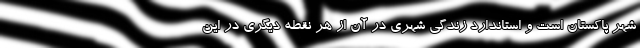
شهر پاكستان است و استاندارد زندگي شهري در آن از هر نقطه ديگري در اين